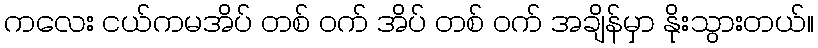
ကလေး ငယ်ကမအိပ် တစ် ဝက် အိပ် တစ် ဝက် အချိန်မှာ နိုးသွားတယ်။